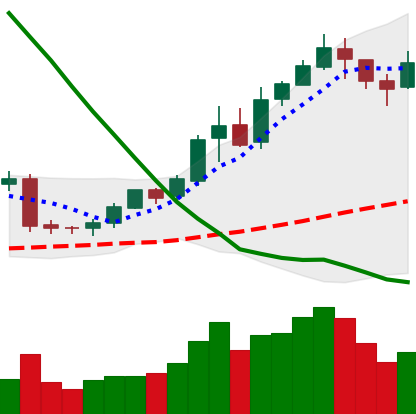
Ticker: BNB-USD
Chart end date: 2019-02-15
Forward return: 18.247%
Label: up_7plus